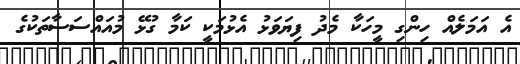
އެ އަމަލެއް ހިންގި މީހަކާ މެދު ފިޔަވަޅު އެޅުމަކީ ކަމާ ގުޅޭ މުއައްސަސާތަކުގެ